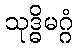
သုဒ္ဓိမဂ္ဂံ